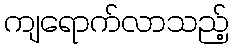
ကျရောက်လာသည့်